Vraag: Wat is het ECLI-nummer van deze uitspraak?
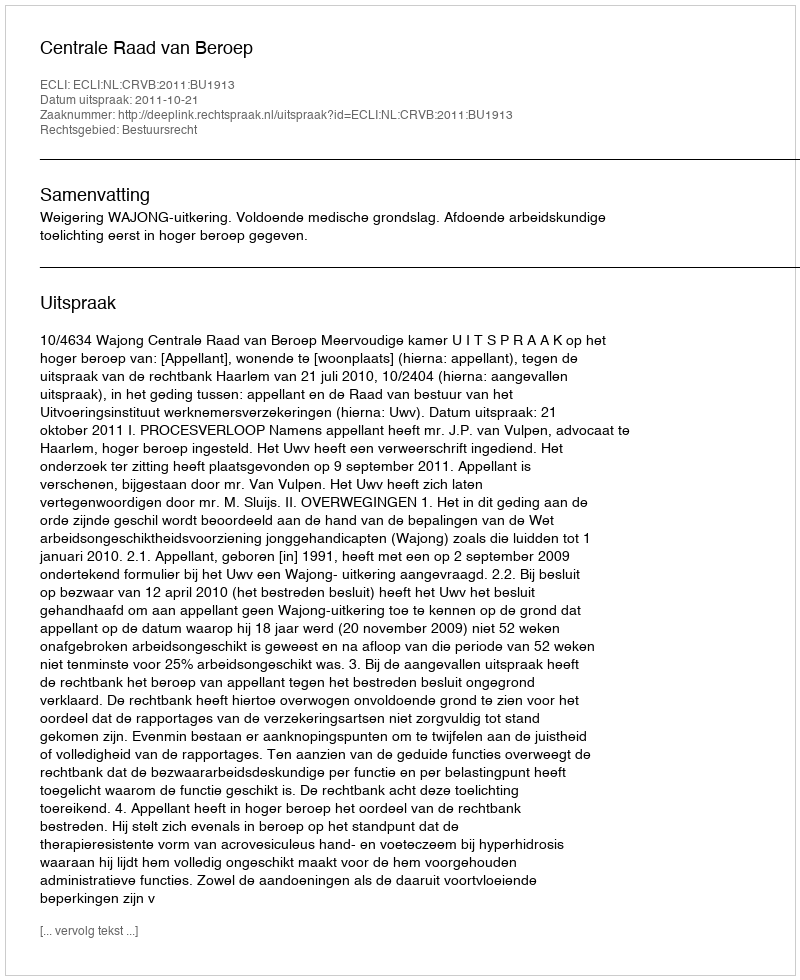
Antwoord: ECLI:NL:CRVB:2011:BU1913